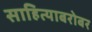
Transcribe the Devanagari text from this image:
साहित्याबरोबर